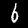
Digit: 6